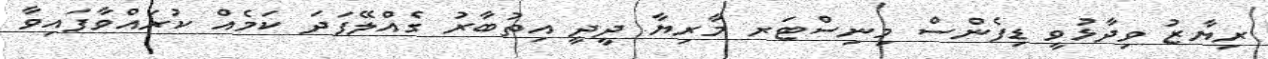
ރިޔާޒު ވިދާޅުވީ ޑިފެންސް މިނިސްޓަރ މާރިޔާ ދީދީ އިތުބާރު ގެއްލޭފަދަ ކަމެއް ކުރައްވާފައިވާ